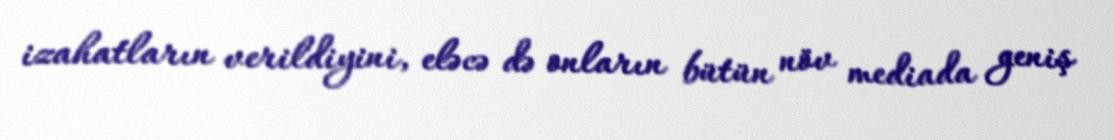
izahatların verildiyini, eləcə də onların bütün növ mediada geniş